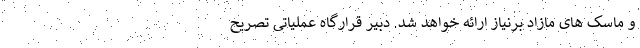
و ماسک های مازاد برنیاز ارائه خواهد شد. دبیر قرارگاه عملیاتی تصریح